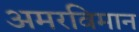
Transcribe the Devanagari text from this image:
अमरविमान